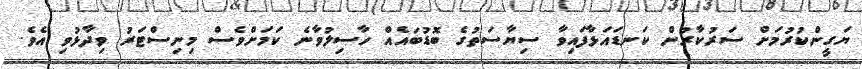
ޔަގީންކުރުމަށް ސަރުކާރުން ކަނޑައަޅާފައިވާ ސިޔާސަތުގެ ބޮޑުބައެއް ހާސިލުވާނެ ކަމަށްވެސް މިނިސްޓަރު ވިދާޅުވި އެވެ.